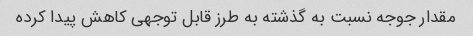
مقدار جوجه نسبت به گذشته به طرز قابل توجهی کاهش پیدا کرده